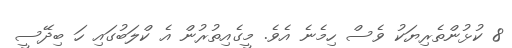
8 ކުޅުންތެރިޔަކު ވެސް ހިމެނެ އެވެ. މީގެއިތުރުން އެ ކްލަބުގައި ހަ ބިދޭސީ